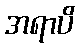
အရာပိ